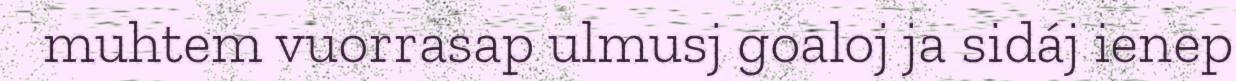
muhtem vuorrasap ulmusj goaloj ja sidáj ienep